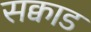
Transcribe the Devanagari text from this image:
सक्वाड